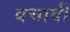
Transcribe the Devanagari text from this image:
बचावी